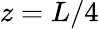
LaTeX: z=L/4